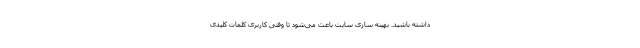
داشته باشید. بهینه سازی سایت باعث می‌شود تا وقتی کاربری کلمات کلیدی